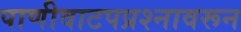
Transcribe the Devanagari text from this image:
पाणीवाटपप्रश्नावरून